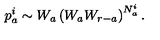
p _ { a } ^ { i } \sim W _ { a } \left( W _ { a } W _ { r - a } \right) ^ { N _ { a } ^ { i } } .